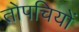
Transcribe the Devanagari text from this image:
तोपचियों